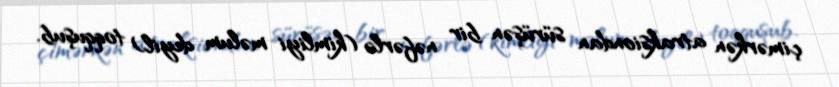
çimərkən atraksiondan sürüşən bir nəfərlə (kimliyi məlum deyil) toqquşub.